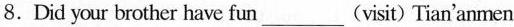
8.Did your brother have fun___ (isit) Tian'anmen